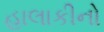
હાલાકીનો